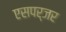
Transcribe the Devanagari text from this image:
एसपर्जर